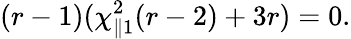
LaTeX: (r-1)(\chi_{\parallel 1}^{2}(r-2)+3r)=0.